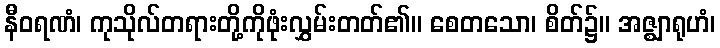
နီဝရဏံ၊ ကုသိုလ်တရားတို့ကိုဖုံးလွှမ်းတတ်၏။ စေတသော၊ စိတ်၌။ အဇ္ဈာရုဟံ၊